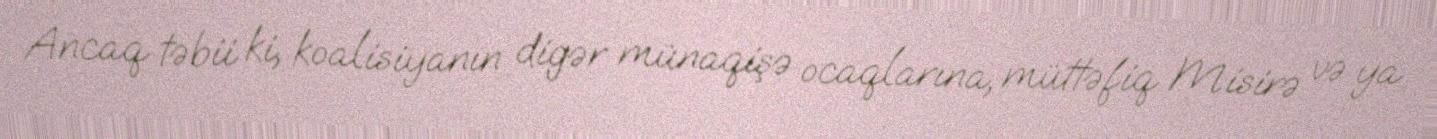
Ancaq təbii ki, koalisiyanın digər münaqişə ocaqlarına, müttəfiq Misirə və ya